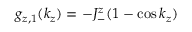
g _ { z , 1 } ( k _ { z } ) = - J _ { - } ^ { z } ( 1 - \cos k _ { z } )